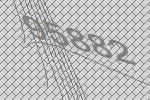
95882